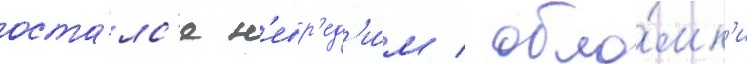
оста́лс'я н'евр'ед'и́м / обло́мк'и